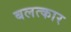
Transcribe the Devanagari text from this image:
बलत्कार